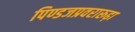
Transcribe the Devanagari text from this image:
पिण्डजप्रवरारूढ़ा